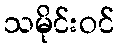
သမိုင်းဝင်